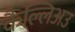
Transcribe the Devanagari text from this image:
कैल्लिअउ